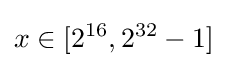
x\in [2^{16},2^{32}-1]